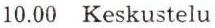
10.00 Keskustelu